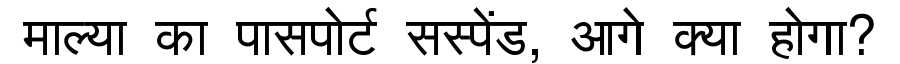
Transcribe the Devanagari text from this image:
माल्या का पासपोर्ट सस्पेंड, आगे क्या होगा?